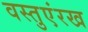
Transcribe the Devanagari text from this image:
वस्तुएंरख